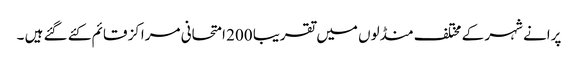
پرانے شہر کے مختلف منڈلوں میں تقریبا 200 امتحانی مراکز قائم کئے گئے ہیں ۔